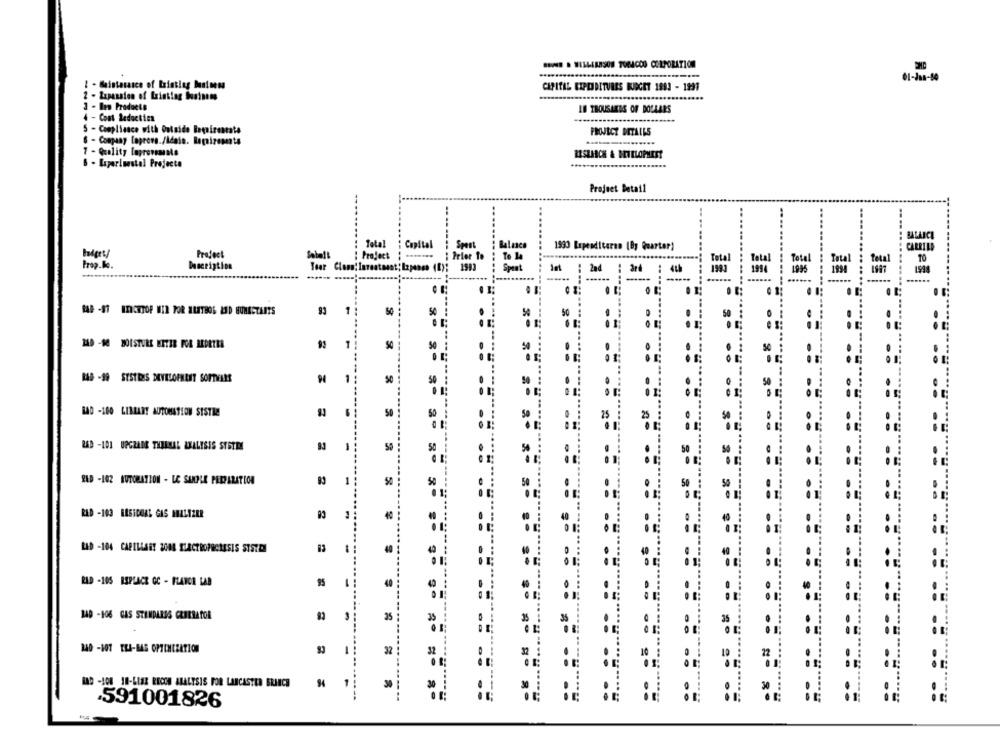
DONE . WILLIAMSON TORACOD CORPORATION
I - Maintenance of Existing business
CAPITAL EIPOIDITURES BUDGET 1981 - 1991
2 - Expansion of Existing business
3 - Ben Products
18 THOUSANDS OF DOLLARS
4 - Cont Seduction
5 - Compliance with Outside Bepoirescate
PROJECT DETAILS
6 - Company laprove./Idale. Repsizesesta
7 - Quality laprovemale
RESEARCH & MOTELOPHEST
6 - Laperinestal Projecto
Project Betail
BALANCE
Total
Capital | Sport
1990 Lupenditurno (By Quarter)
CARRIED
Project
: Project
....... ; Prior to
budget/
To Be
TO
Prop.lo.
Description
Tear Clona: Investment; Izpanes (E); 1983
Spent
2nd
3rd
Total
......
0
1
50 :
50 :
1
50
50 ;
... ....-- --
148 -99 SUSTRES DEVELOPMENT SORTIEEM
1 :
50
50
BAD -100 LIBRARY AUTOMATION SISTRE
50
RAD -1DI UPGRADE THERMAL ANALYSIS SYSTEM
50
RAD -102 AUTOMATION - LE SAMPLE PREPARATION
RED -103 RESIDUAL GAS MALIZER
40
RED -104 CAPILLARY 2008 SLACTROPRCASSIS SISTEM
13
RAD -105 REPLACE GC - FLAVOR LAB
95
40
14D -106 GAS STANDARDS CREERATOR
35
25
240 -107 ERA-BAS OPTIMIZATION
32
St
94
1
MAD -1DE 18-LISE RECON ANALYSIS FOR LANCASTER BRANCH
.......
== ==
.591001826
= =